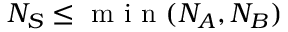
N _ { S } \leq \mathrm { ~ m ~ i ~ n ~ } ( N _ { A } , N _ { B } )